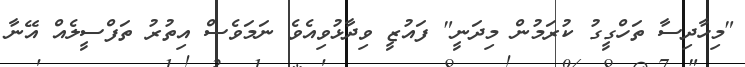
"މިހާދިސާ ތަހްގީގު ކުރަމުން މިދަނީ" ފައުޒީ ވިދާޅުވިއެވެ ނަމަވެސް އިތުރު ތަފްސީލެއް އޭނާ